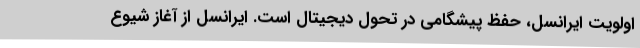
اولویت ایرانسل، حفظ پیشگامی در تحول دیجیتال است. ایرانسل از آغاز شیوع